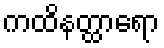
ကထိနတ္ထာရော